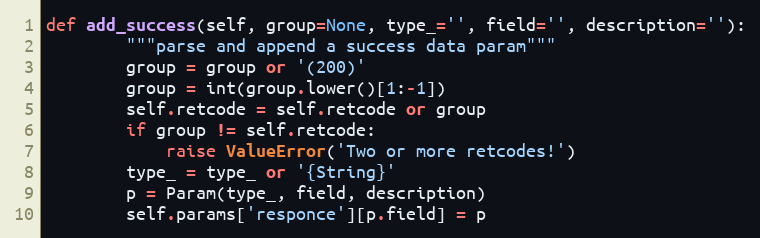
Language: Python
def add_success(self, group=None, type_='', field='', description=''):
        """parse and append a success data param"""
        group = group or '(200)'
        group = int(group.lower()[1:-1])
        self.retcode = self.retcode or group
        if group != self.retcode:
            raise ValueError('Two or more retcodes!')
        type_ = type_ or '{String}'
        p = Param(type_, field, description)
        self.params['responce'][p.field] = p